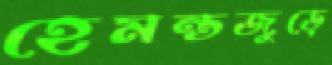
হেমন্তজুড়ে